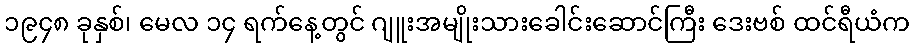
၁၉၄၈ ခုနှစ်၊ မေလ ၁၄ ရက်နေ့တွင် ဂျူးအမျိုးသားခေါင်းဆောင်ကြီး ဒေးဗစ် ထင်ရီယံက